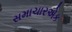
સમાચારએક